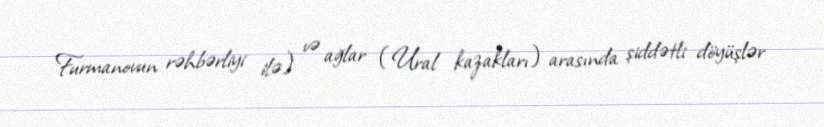
Furmanovun rəhbərliyi ilə) və ağlar (Ural kazakları) arasında şiddətli döyüşlər